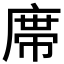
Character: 鿮